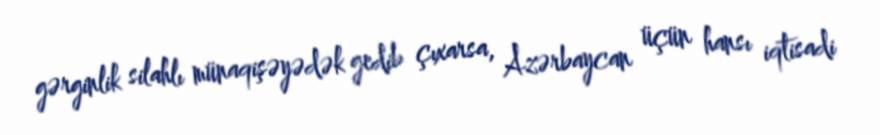
gərginlik silahlı münaqişəyədək gedib çıxarsa, Azərbaycan üçün hansı iqtisadi